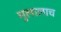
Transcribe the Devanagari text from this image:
मुलालाच